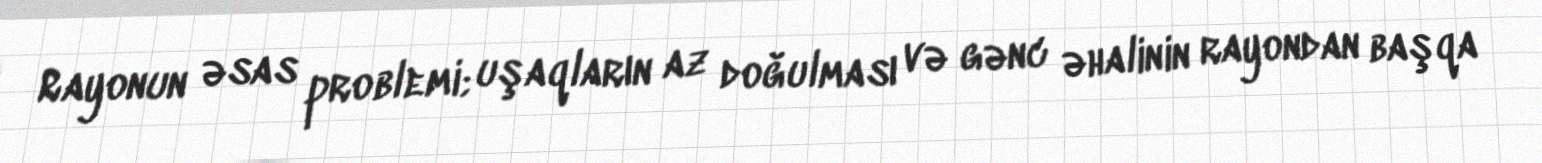
Rayonun əsas problemi; uşaqların az doğulması və gənc əhalinin rayondan başqa